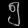
Digit: ၅